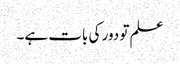
علم تو دور کی بات ہے۔